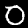
Label: 0